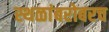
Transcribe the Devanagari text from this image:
स्थळांबरोबरच